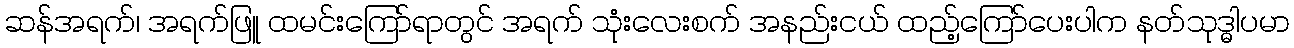
ဆန်အရက်၊ အရက်ဖြူ ထမင်းကြော်ရာတွင် အရက် သုံးလေးစက် အနည်းငယ် ထည့်ကြော်ပေးပါက နတ်သုဒ္ဓါပမာ